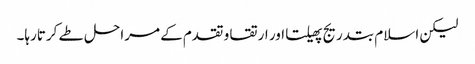
لیکن اسلام بتدریج پھیلتا اور ارتقا و تقدم کے مراحل طے کرتارہا۔